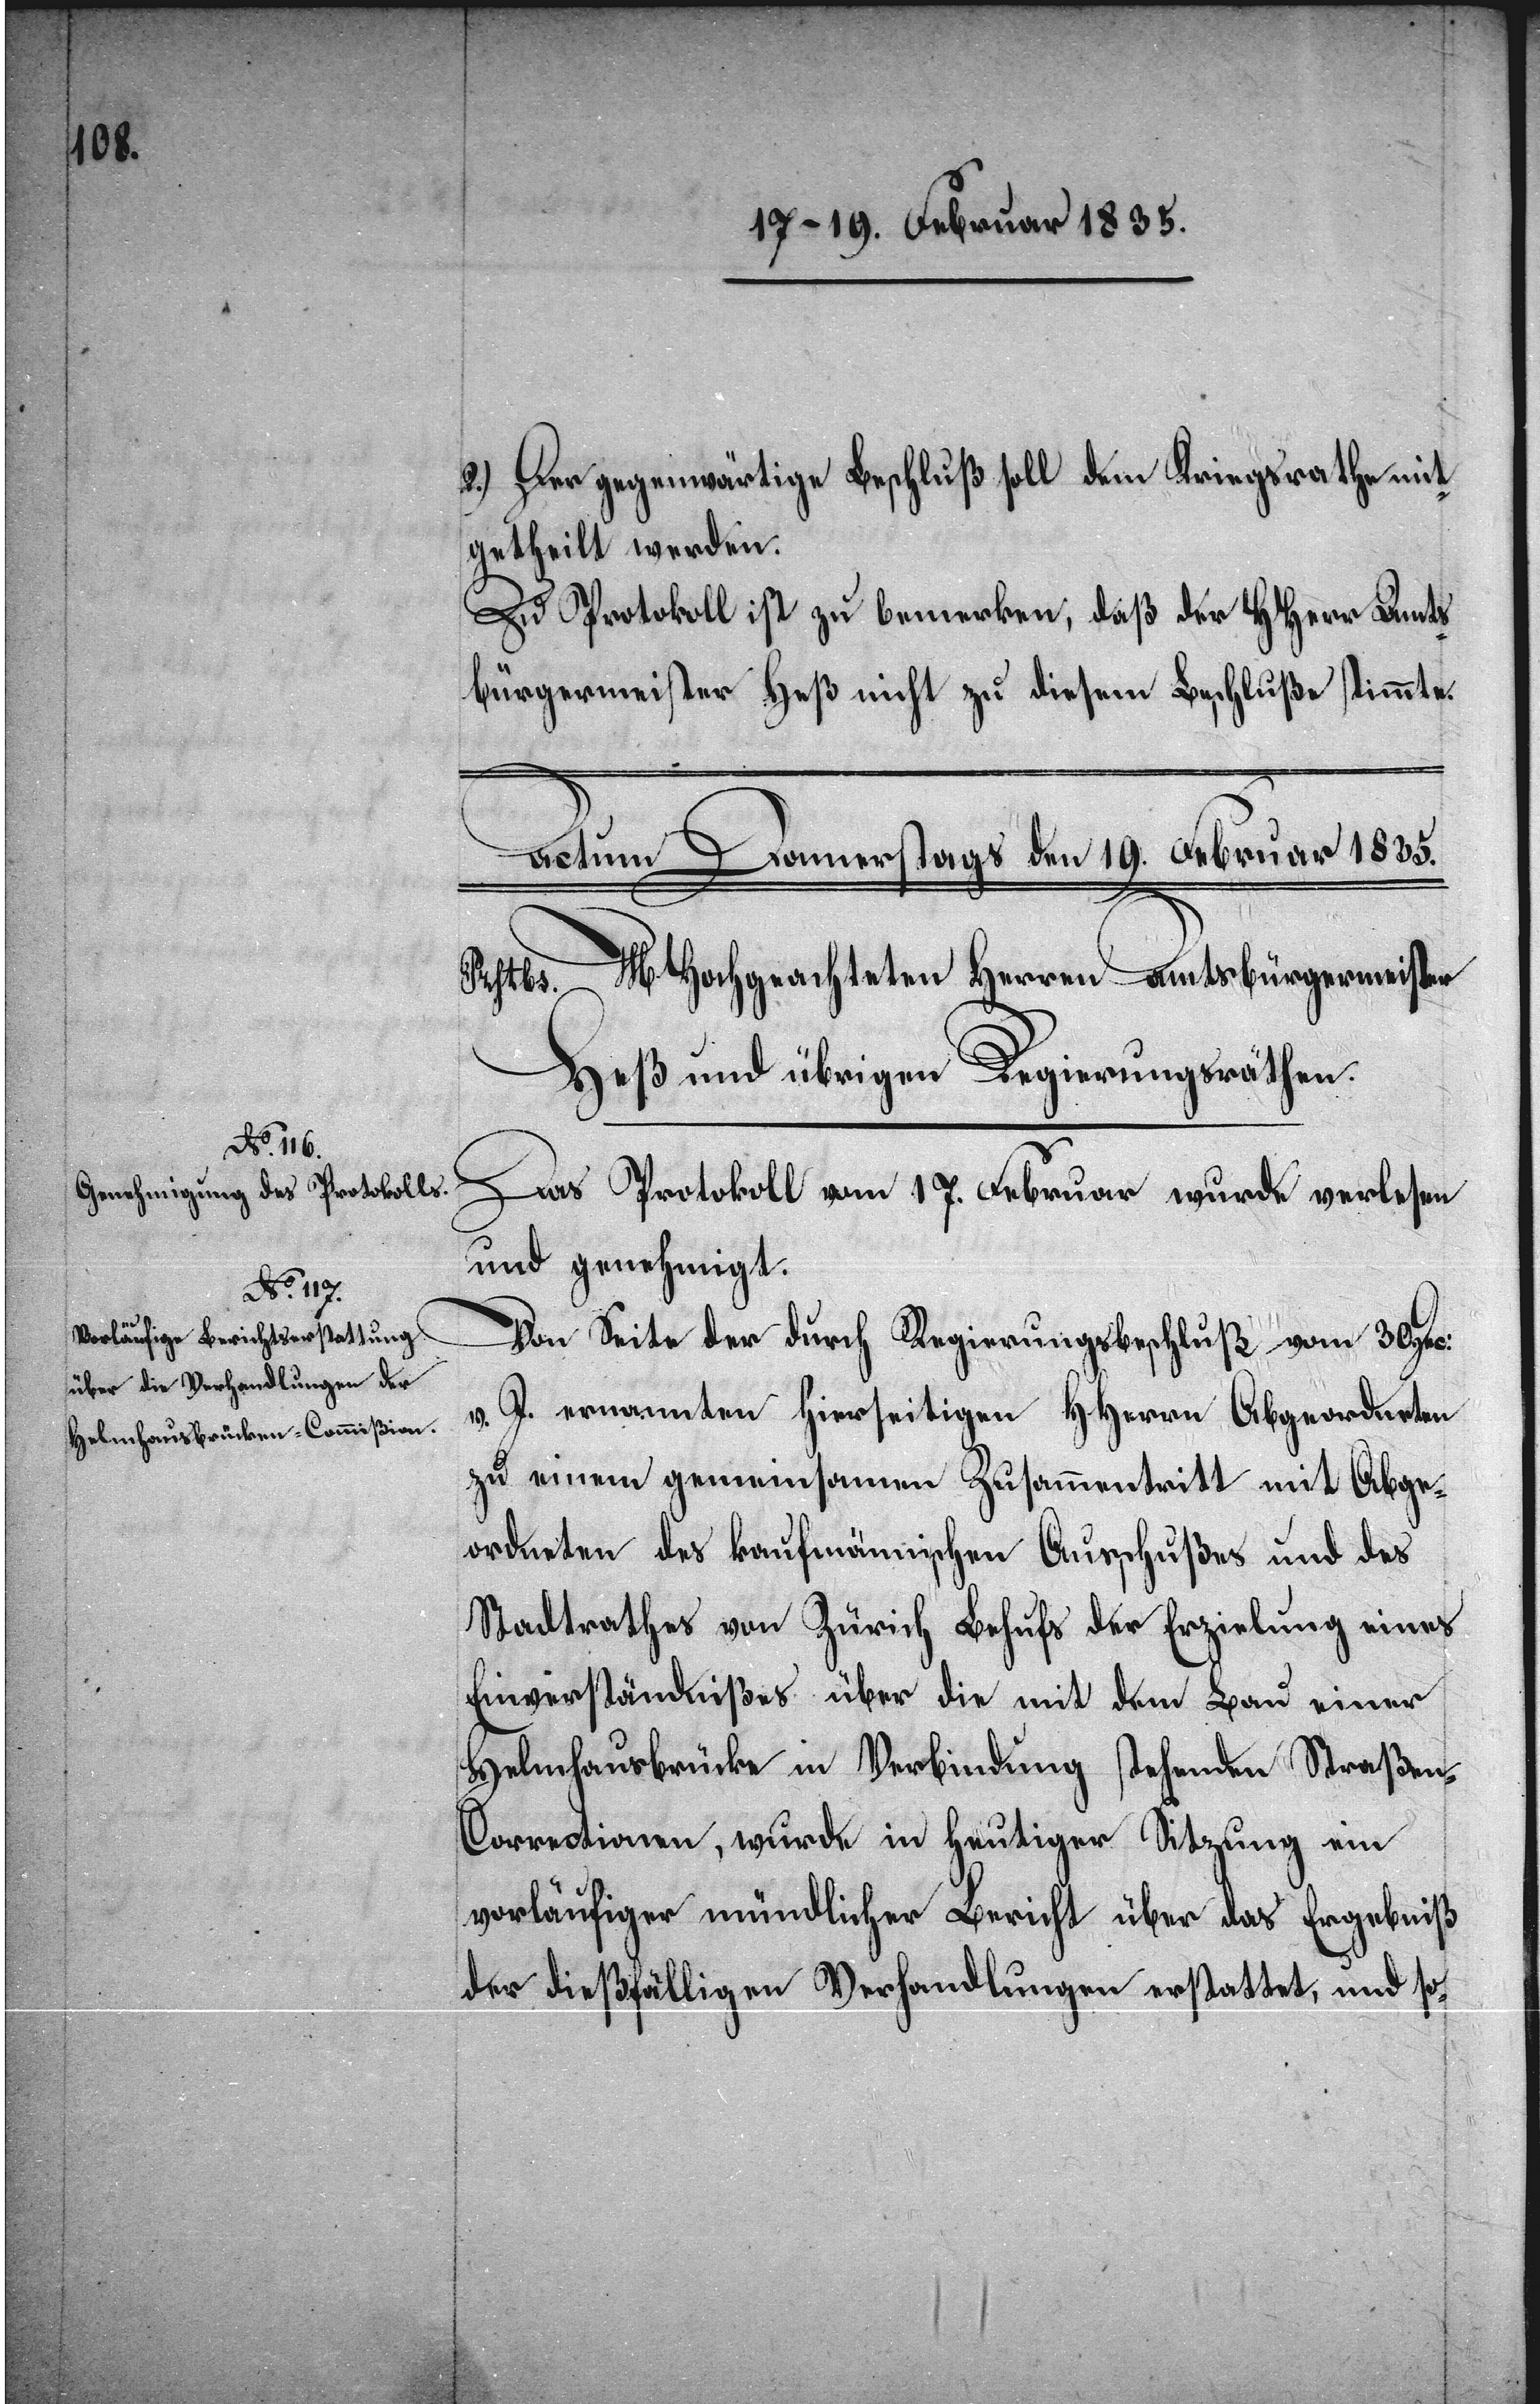
Ergebniß

2.) Der gegenwärtige Beschluß soll dem Kriegsrathe mit¬
getheilt werden.
Zu Protokoll ist zu bemerken, daß der HHerr Amts¬
bürgermeister
Heß nicht zu diesem Beschluße stimmte.
Das Protokoll vom 17. Februar wurde verlesen
und genehmigt.
Von Seite der durch Regierungsbeschluß vom 30.
v. J. ernannten hierseitigen HHerren Abgeordneten
zu einem gemeinsamen Zusammentritt mit Abge¬
ordneten des kaufmännischen Ausschußes und des
Stadtrathes von Zürich Behufs der Erzielung eines
Einverständnißes über die mit dem Bau einer
Helmhausbrücke in Verbindung stehenden Straße¬
n-Correctionen, wurde in heutiger Sitzung ein
der dießfälligen Verhandlungen erstattet, und so-